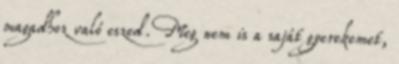
magadhoz való eszed. Meg nem is a saját gyerekemet,